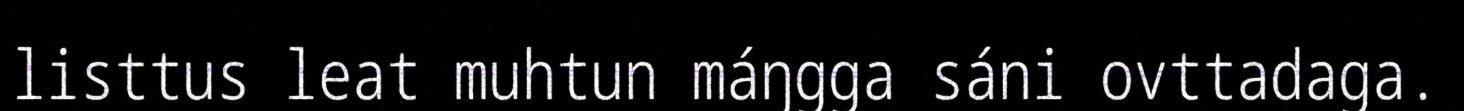
listtus leat muhtun máŋgga sáni ovttadaga.